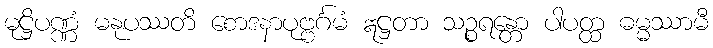
မုဋ္ဌိပဏ္ဏံ မနုပဿတိ စောဒနာပုဗ္ဗင်္ဂမံ ဣဋ္ဌတာ သဉ္စရန္တော ပါပတ္ထ ဓမ္မဿာမီ